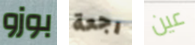
بوزو رجعة عين